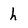
Character: h